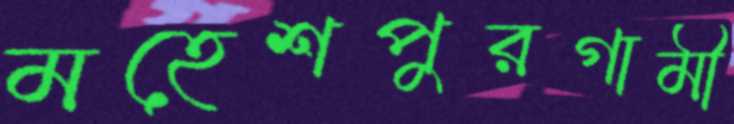
মহেশপুরগামী